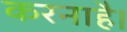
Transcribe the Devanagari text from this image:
करनाहै।